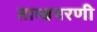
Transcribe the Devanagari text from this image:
ताम्ब्रपरणी